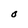
Character: O